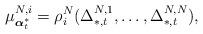
LaTeX: \begin{align*}\mu^{N,i}_{\boldsymbol{\alpha}^*_t}=\rho_i^N(\Delta_{*,t}^{N,1},\ldots,\Delta_{*,t}^{N,N}), \end{align*}